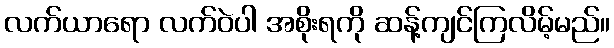
လက်ယာရော လက်ဝဲပါ အစိုးရကို ဆန့်ကျင်ကြလိမ့်မည်။